Vaccination in Bombay 1924-1928 - 1924-1928
Year: 1924
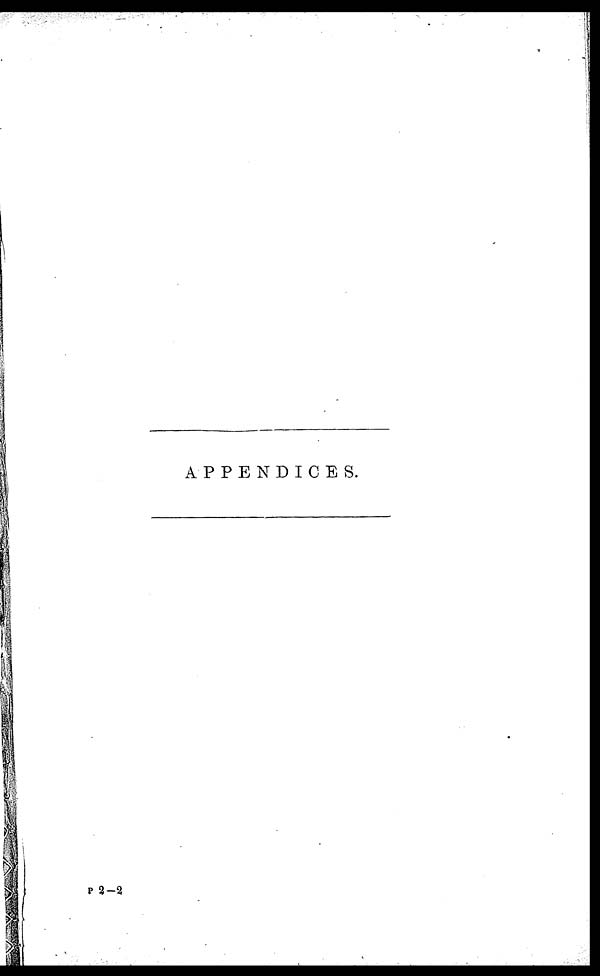
APPENDICES.
P 2—2